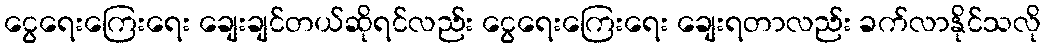
ငွေရေးကြေးရေး ချေးချင်တယ်ဆိုရင်လည်း ငွေရေးကြေးရေး ချေးရတာလည်း ခက်လာနိုင်သလို